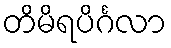
တိမိရပိင်္ဂလာ